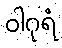
ဝါဂုရံ